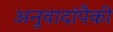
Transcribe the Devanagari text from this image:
अनुवादांपैकी